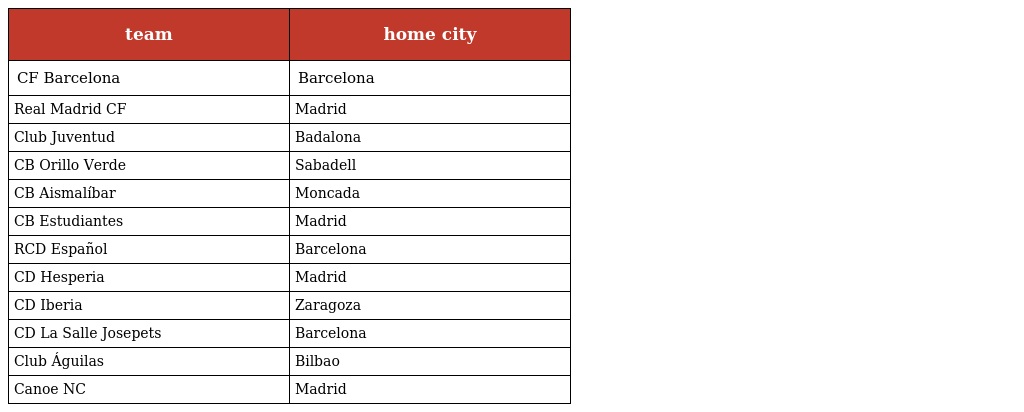
| team | home city |
 | --- | --- |
 | CF Barcelona | Barcelona |
 | Real Madrid CF | Madrid |
 | Club Juventud | Badalona |
 | CB Orillo Verde | Sabadell |
 | CB Aismalíbar | Moncada |
 | CB Estudiantes | Madrid |
 | RCD Español | Barcelona |
 | CD Hesperia | Madrid |
 | CD Iberia | Zaragoza |
 | CD La Salle Josepets | Barcelona |
 | Club Águilas | Bilbao |
 | Canoe NC | Madrid |